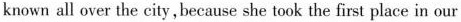
known all over the city,because she took the first place in our